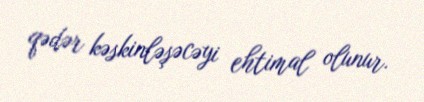
qədər kəskinləşəcəyi ehtimal olunur.